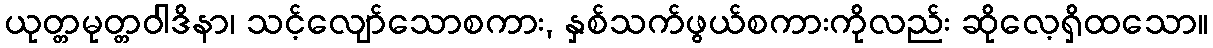
ယုတ္တမုတ္တဝါဒိနာ၊ သင့်လျော်သောစကား, နှစ်သက်ဖွယ်စကားကိုလည်း ဆိုလေ့ရှိထသော။